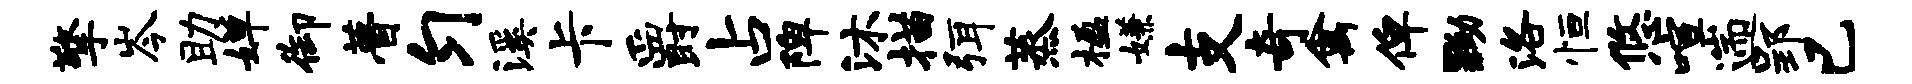
擎岑助婵御瞢匀溪卡爵占陴沐描弭蒸楹嫌支奇禽俾黝洛恒悠喧遄郢已